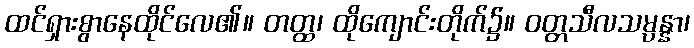
ထင်ရှားစွာနေထိုင်လေ၏။ တတ္ထ၊ ထိုကျောင်းတိုက်၌။ ဝတ္တသီလသမ္ပန္နာ၊